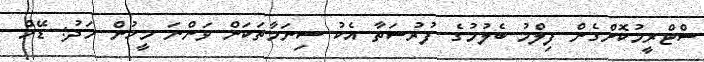
ސްޓްރީމުކޮށްގެން ފިލްމު ބެލުމުގެ ފުރުސަތާ އެކު ސިނަމާތަކަށް ވަންނަ މީހުން މަދު: ޑޭމް